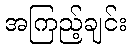
အကြည့်ချင်း